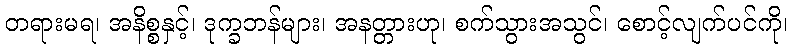
တရားမရ၊ အနိစ္စနှင့်၊ ဒုက္ခဘန်များ၊ အနတ္တားဟု၊ စက်သွားအသွင်၊ စောင့်လျက်ပင်ကို၊